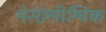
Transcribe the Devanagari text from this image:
मेसोलीम्बिक